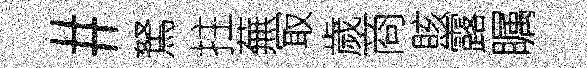
#駑拄蕪冣歲商賅露瞩